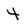
Character: 4